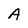
Character: A